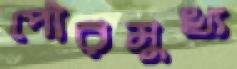
পৌরমুখ্য